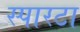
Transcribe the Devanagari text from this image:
स्पारटा